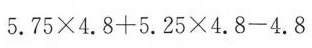
5.75×4.8+5.25×4.8-4.8